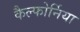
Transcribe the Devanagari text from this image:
कैल्फोर्निया